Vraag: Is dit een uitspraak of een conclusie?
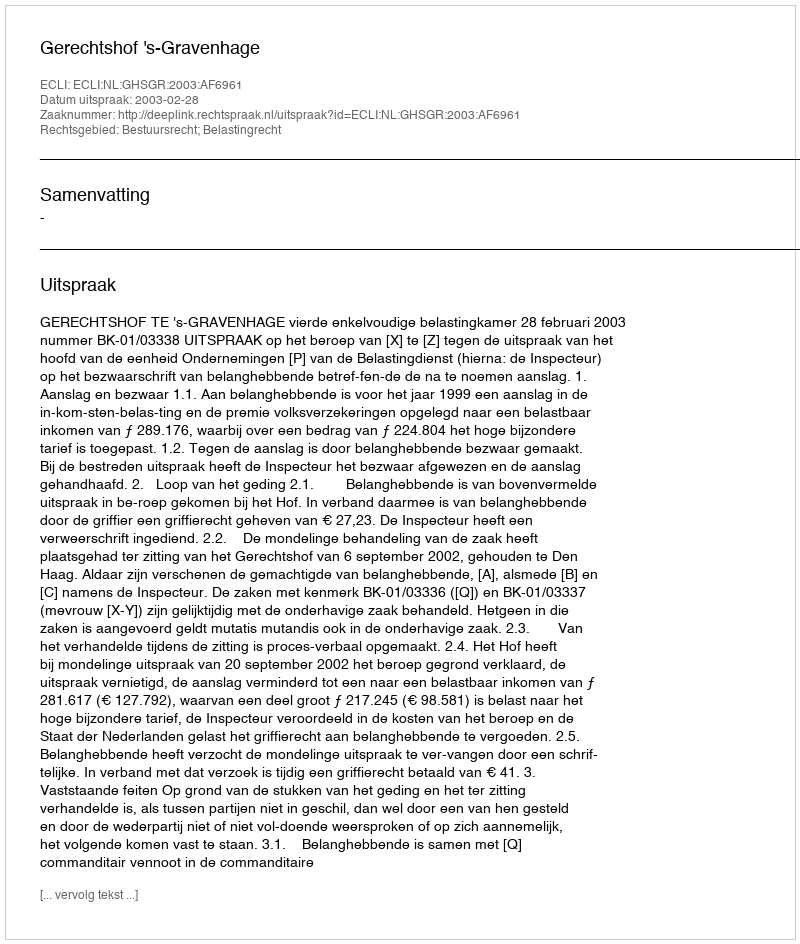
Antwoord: Uitspraak